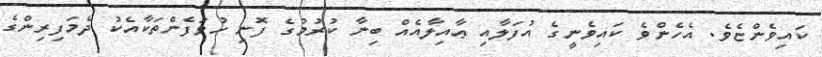
ކައިވެންޏެވެ. އެހެންވެ ކައިވެނީގެ އުފަލާއި ޢާއިލާއެއް ބިނާ ކުރުމުގެ ފޮނި ހުވަފެންތަކާއެކު ދެމަފިރިންގެ